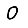
Digit: 0